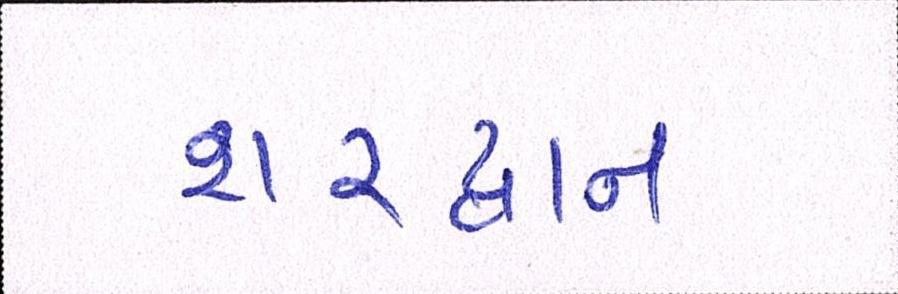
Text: શરદ્વાન